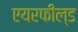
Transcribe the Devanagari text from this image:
एयरफील्‍ड